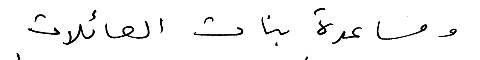
ومساعدة بنات العائلات